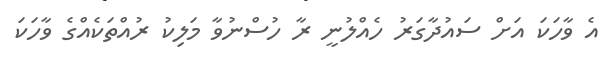
އެ ވާހަކަ އަށް ސައުދާގަރު ހެއްލުނީ ރާ ހުސްނުވާ މަލިކު ރުއްތަކެއްގެ ވާހަކަ